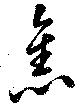
旧